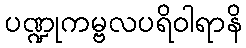
ပဏ္ဍုကမ္ဗလပရိဝါရာနိ